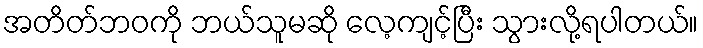
အတိတ်ဘဝကို ဘယ်သူမဆို လေ့ကျင့်ပြီး သွားလို့ရပါတယ်။